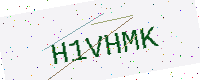
Text: H1VHMK